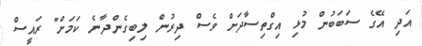
އަދި އޭގެ ސަބަބުން މުޅި އިގްތިސާދަށް ވެސް ދިރުން ލިބިގެންދާނެ ކަމަށް" ރައީސް